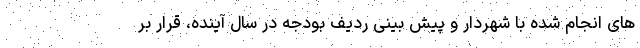
های انجام شده با شهردار و پیش بینی ردیف بودجه در سال آینده، قرار بر